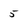
Character: 5